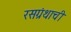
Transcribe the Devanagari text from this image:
रसग्रंथाची